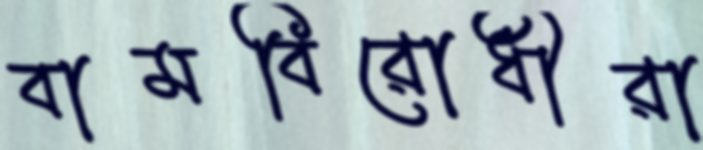
বামবিরোধীরা